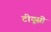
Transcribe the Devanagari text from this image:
टीयूसी